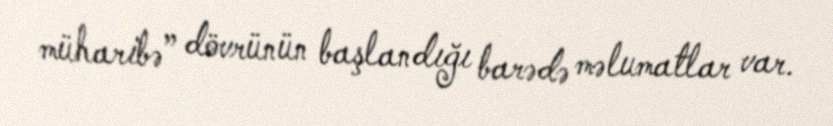
müharibə” dövrünün başlandığı barədə məlumatlar var.